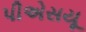
પીએસયૂ